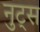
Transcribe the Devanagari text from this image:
नुट्स